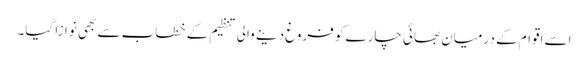
اسے اقوام کے درمیان بھائی چارے کو فروغ دینے والی تنظیم کے خطاب سے بھی نوازا گیا۔